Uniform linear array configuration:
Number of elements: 48
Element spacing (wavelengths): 1
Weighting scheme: hann
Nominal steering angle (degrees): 60
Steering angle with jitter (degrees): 59.203
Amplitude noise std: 0.05
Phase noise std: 0.05

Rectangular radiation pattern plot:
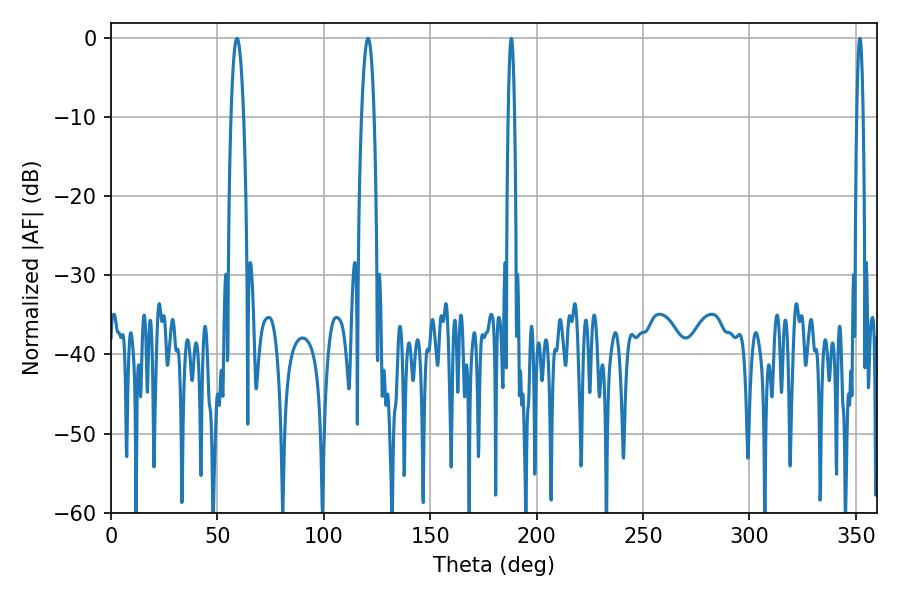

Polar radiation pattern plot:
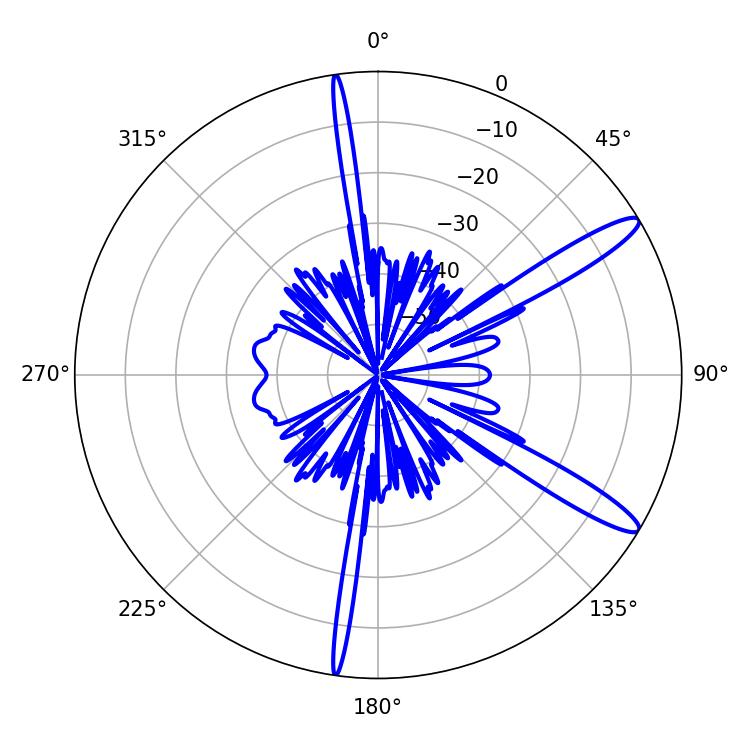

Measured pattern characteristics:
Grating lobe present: TRUE
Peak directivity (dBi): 13.114
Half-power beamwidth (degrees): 1.44
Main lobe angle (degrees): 351.9